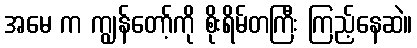
အမေ က ကျွန်တော့်ကို စိုးရိမ်တကြီး ကြည့်နေဆဲ။